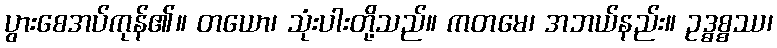
ပွားစေအပ်ကုန်၏။ တယော၊ သုံးပါးတို့သည်။ ကတမေ၊ အဘယ်နည်း။ ဥဒ္ဓစ္စဿ၊